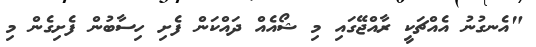
"އެނގުނު އެއްޗަކީ ރާއްޖޭގައި މި ޝޯއެއް ދައްކަން ފެށި ހިސާބުން ފެށިގެން މި